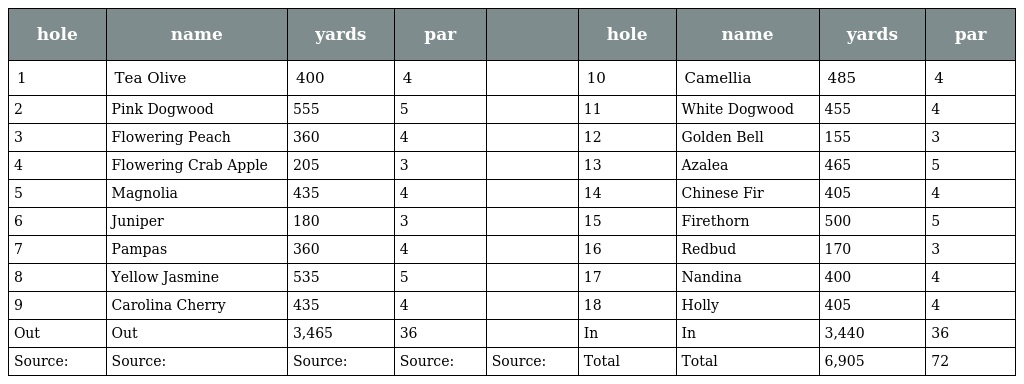
| hole | name | yards | par |  | hole | name | yards | par |
 | --- | --- | --- | --- | --- | --- | --- | --- | --- |
 | 1 | Tea Olive | 400 | 4 |  | 10 | Camellia | 485 | 4 |
 | 2 | Pink Dogwood | 555 | 5 |  | 11 | White Dogwood | 455 | 4 |
 | 3 | Flowering Peach | 360 | 4 |  | 12 | Golden Bell | 155 | 3 |
 | 4 | Flowering Crab Apple | 205 | 3 |  | 13 | Azalea | 465 | 5 |
 | 5 | Magnolia | 435 | 4 |  | 14 | Chinese Fir | 405 | 4 |
 | 6 | Juniper | 180 | 3 |  | 15 | Firethorn | 500 | 5 |
 | 7 | Pampas | 360 | 4 |  | 16 | Redbud | 170 | 3 |
 | 8 | Yellow Jasmine | 535 | 5 |  | 17 | Nandina | 400 | 4 |
 | 9 | Carolina Cherry | 435 | 4 |  | 18 | Holly | 405 | 4 |
 | Out | Out | 3,465 | 36 |  | In | In | 3,440 | 36 |
 | Source: | Source: | Source: | Source: | Source: | Total | Total | 6,905 | 72 |